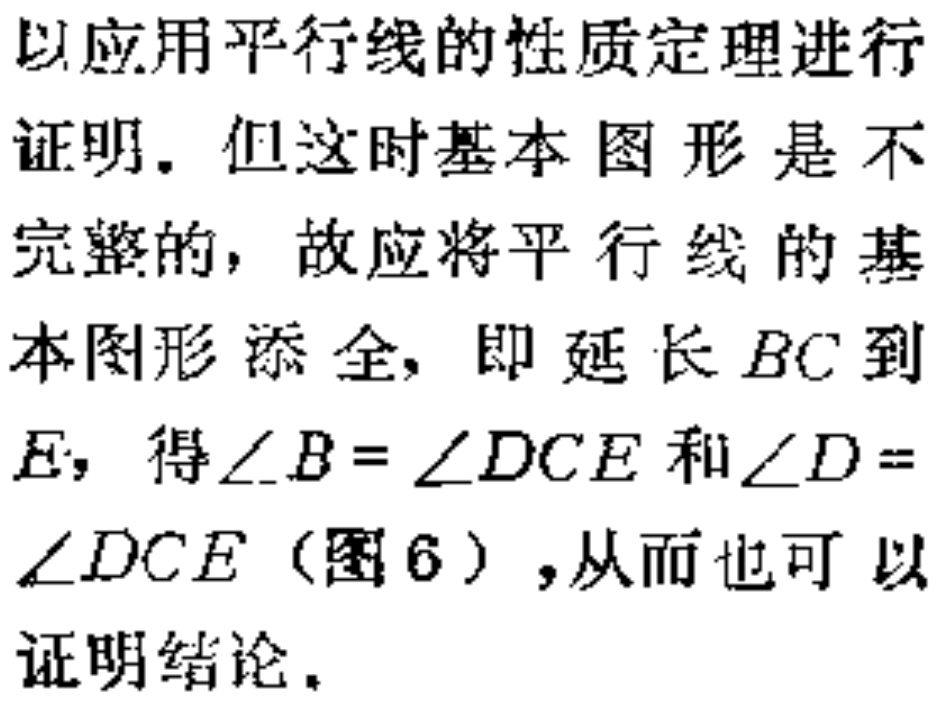
以应用平行线的性质定理进行证明. 但这时基本图形是不完整的, 故应将平行线的基本图形添全, 即延长 \(BC\) 到 \(E\), 得\(\angle B = \angle DCE\) 和 \(\angle D=\angle DCE\)（图 6）, 从而也可以证明结论.